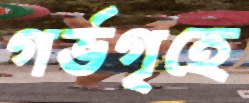
গর্ভগৃহে